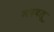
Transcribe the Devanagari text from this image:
मदबलू